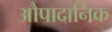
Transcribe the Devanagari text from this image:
औपादानिक